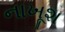
નાખૂશ